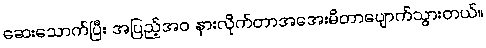
ဆေးသောက်ပြီး အပြည့်အဝ နားလိုက်တာအအေးမိတာပျောက်သွားတယ်။